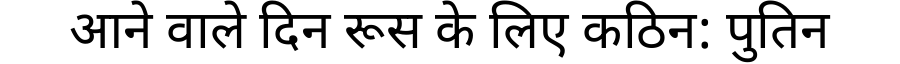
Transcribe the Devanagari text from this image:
आने वाले दिन रूस के लिए कठिन: पुतिन